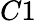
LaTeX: C1